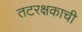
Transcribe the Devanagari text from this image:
तटरक्षकाची